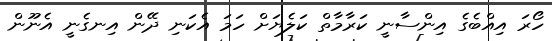
ހޯރަ އިއްބެގެ އިންސާނީ ކަރާމާތް ކަލެޔަށް ހަމަ އެކަނި ދޭން އިނގެނީ އެނޫން